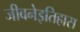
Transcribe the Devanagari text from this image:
जीवनेइतिहास